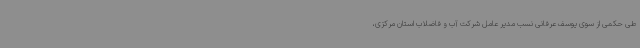
طی حکمی از سوی یوسف عرفانی نسب مدیر عامل شرکت آب و فاضلاب استان مرکزی،